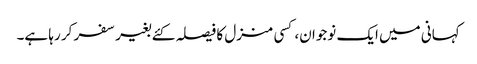
کہانی میں ایک نوجوان، کسی منزل کا فیصلہ کئے بغیر سفر کر رہا ہے۔